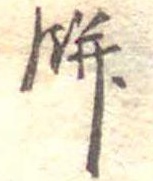
餅